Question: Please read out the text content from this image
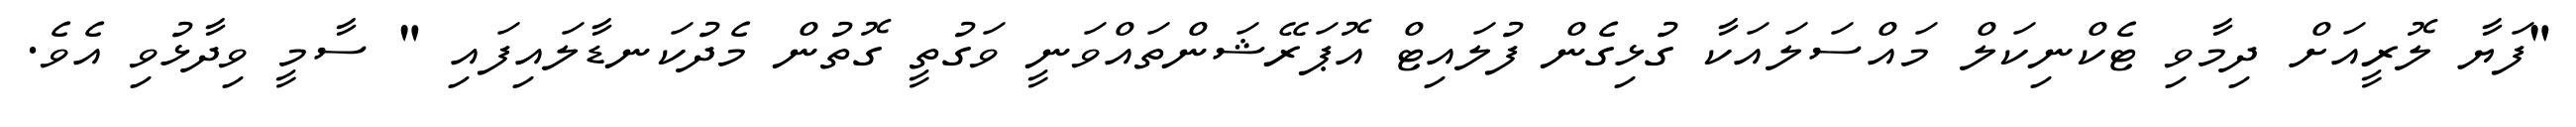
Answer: "ފަޔާ ލޮރީއަށް ދިމާވި ޓެކްނިކަލް މައްސަލައަކާ ގުޅިގެން ފުލައިޓް އޮޕަރޭޝަންތައްވަނީ ވަގުތީ ގޮތުން މެދުކަނޑާލައިފައި " ސާމީ ވިދާޅުވި އެވެ.